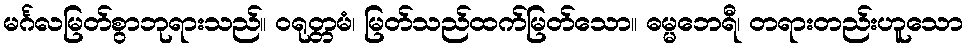
မင်္ဂလမြတ်စွာဘုရားသည်။ ဝရုတ္တမံ၊ မြတ်သည်ထက်မြတ်သော။ ဓမ္မဘေရီ၊ တရားတည်းဟူသော